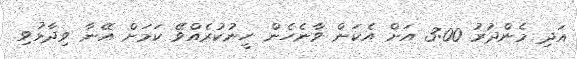
އަދި މެންދުރު 3:00 އަށް އެކަން ވާނެހެން ހީނުކުރެއްވޭ ކަމަށް އޭނާ ވިދާޅުވި